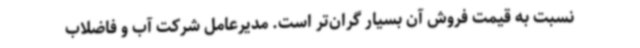
نسبت به قیمت فروش آن بسیار گران‌تر است. مدیرعامل شرکت آب و فاضلاب